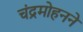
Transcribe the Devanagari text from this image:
चंद्रमोहनने